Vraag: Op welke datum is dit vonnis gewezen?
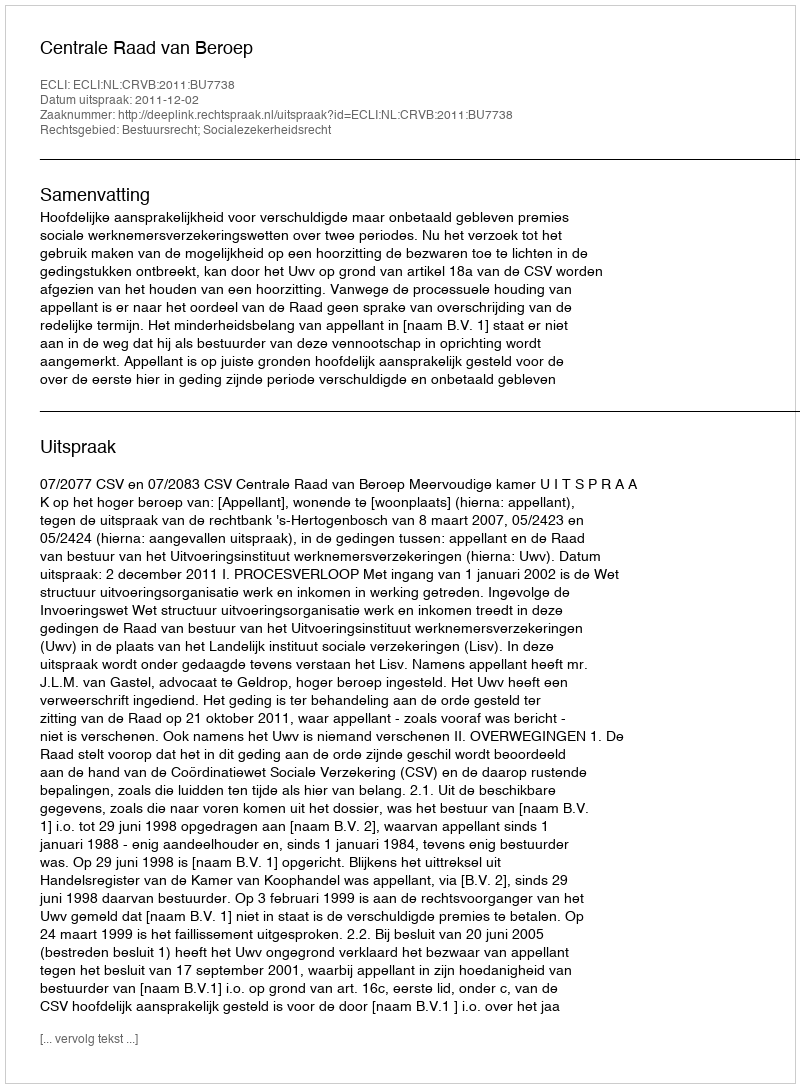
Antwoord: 2011-12-02